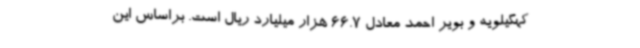
کهگیلویه و بویر احمد معادل 66.7 هزار میلیارد ریال است. براساس این